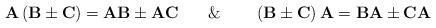
LaTeX: \begin{align*}\mathbf{A}\left(\mathbf{B}\pm\mathbf{C}\right)=\mathbf{A}\mathbf{B}\pm\mathbf{A}\mathbf{C}\,\,\,\,\,\,\,\,\,\,\,\&\,\,\,\,\,\,\,\,\,\,\,\,\left(\mathbf{B}\pm\mathbf{C}\right)\mathbf{A}=\mathbf{B}\mathbf{A}\pm\mathbf{C\mathbf{A}}\end{align*}